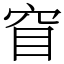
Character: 窅